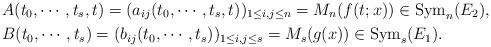
LaTeX: \begin{align*}&A(t_0, \cdots, t_s, t)=(a_{ij}(t_0, \cdots, t_s, t))_{1 \leq i,j \leq n}=M_n(f(t ; x)) \in \mathrm{Sym}_n(E_2), \\&B(t_0, \cdots, t_s)=(b_{ij}(t_0, \cdots, t_s))_{1 \leq i,j \leq s}=M_s(g(x)) \in \mathrm{Sym}_s(E_1). \end{align*}